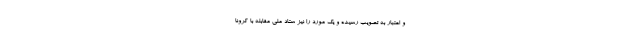
و اعتبار به تصویب رسیده و یک مورد را نیز ستاد ملی مقابله با کرونا